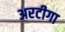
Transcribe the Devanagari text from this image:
अरटीगा